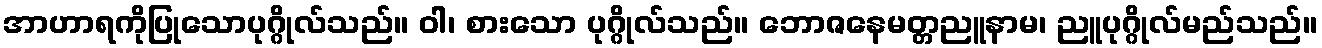
အာဟာရကိုပြုသောပုဂ္ဂိုလ်သည်။ ဝါ၊ စားသော ပုဂ္ဂိုလ်သည်။ ဘောဇနေမတ္တညူနာမ၊ ညူပုဂ္ဂိုလ်မည်သည်။